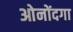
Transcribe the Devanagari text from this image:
ओनोंदगा